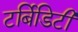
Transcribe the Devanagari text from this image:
टर्बिडिटी